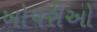
ખોપરીઓ